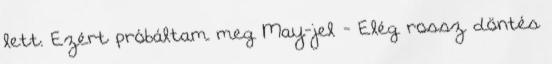
lett. Ezért próbáltam meg May-jel - Elég rossz döntés